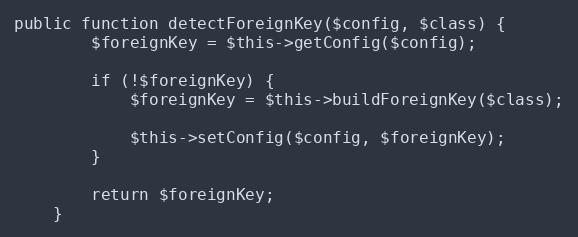
Language: PHP
public function detectForeignKey($config, $class) {
        $foreignKey = $this->getConfig($config);

        if (!$foreignKey) {
            $foreignKey = $this->buildForeignKey($class);

            $this->setConfig($config, $foreignKey);
        }

        return $foreignKey;
    }